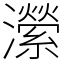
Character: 瀠